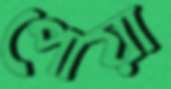
পোয়া